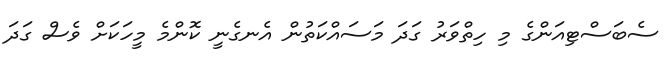
ސެބަސްޓިއަންގެ މި ހިތްވަރު ގަދަ މަސައްކަތުން އެނގެނީ ކޮންމެ މީހަކަށް ވެސް ގަދަ